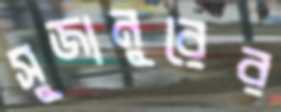
সুজানুরের